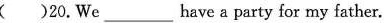
( )20,We___have a party for my father.